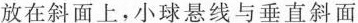
放在斜面上，小球悬线与垂直斜面